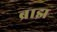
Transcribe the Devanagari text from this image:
ब्राझ